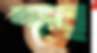
মঙ্গুর